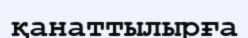
қанаттылырға